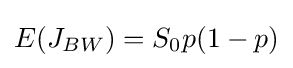
E(J_{BW})=S_{0}p(1-p)